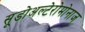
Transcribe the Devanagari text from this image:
सूडोअल्टेरोमोनाज